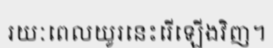
រយៈពេលយូរនេះរើឡើងវិញ។